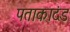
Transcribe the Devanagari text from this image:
पताकादंड